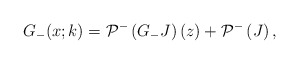
\begin{align*}G_-(x;k) = \mathcal{P}^{-}\left(G_{-} J \right)(z) + \mathcal{P}^{-}\left( J \right), \end{align*}